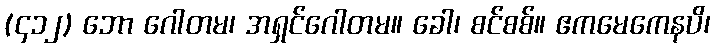
(၄၁၂) ဘော ဂေါတမ၊ အရှင်ဂေါတမ။ ခေါ၊ စင်စစ်။ ဧကမေကေနပိ၊